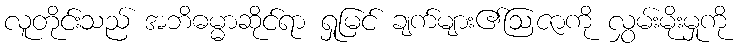
လူတိုင်းသည် အဘိဓမ္မာဆိုင်ရာ ရှုမြင် ချက်များ၏ဩဇာကို လွှမ်းမိုးမှုကို